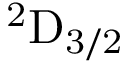
\mathrm { { } ^ { 2 } D _ { 3 / 2 } }